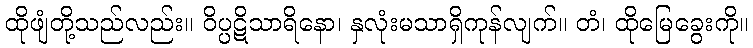
ထိုဖျံတို့သည်လည်း။ ဝိပ္ပဋိသာရိနော၊ နှလုံးမသာရှိကုန်လျက်။ တံ၊ ထိုမြေခွေးကို။